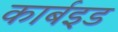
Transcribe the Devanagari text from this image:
कार्बइड